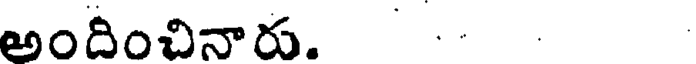
అందించినారు.